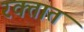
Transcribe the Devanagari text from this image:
रक्‍तात